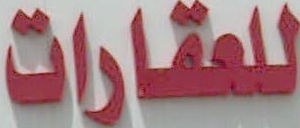
للعقارات